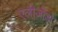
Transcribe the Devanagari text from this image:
एलीज़ोंडो